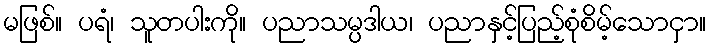
မဖြစ်။ ပရံ၊ သူတပါးကို။ ပညာသမ္ပဒါယ၊ ပညာနှင့်ပြည့်စုံစိမ့်သောငှာ။